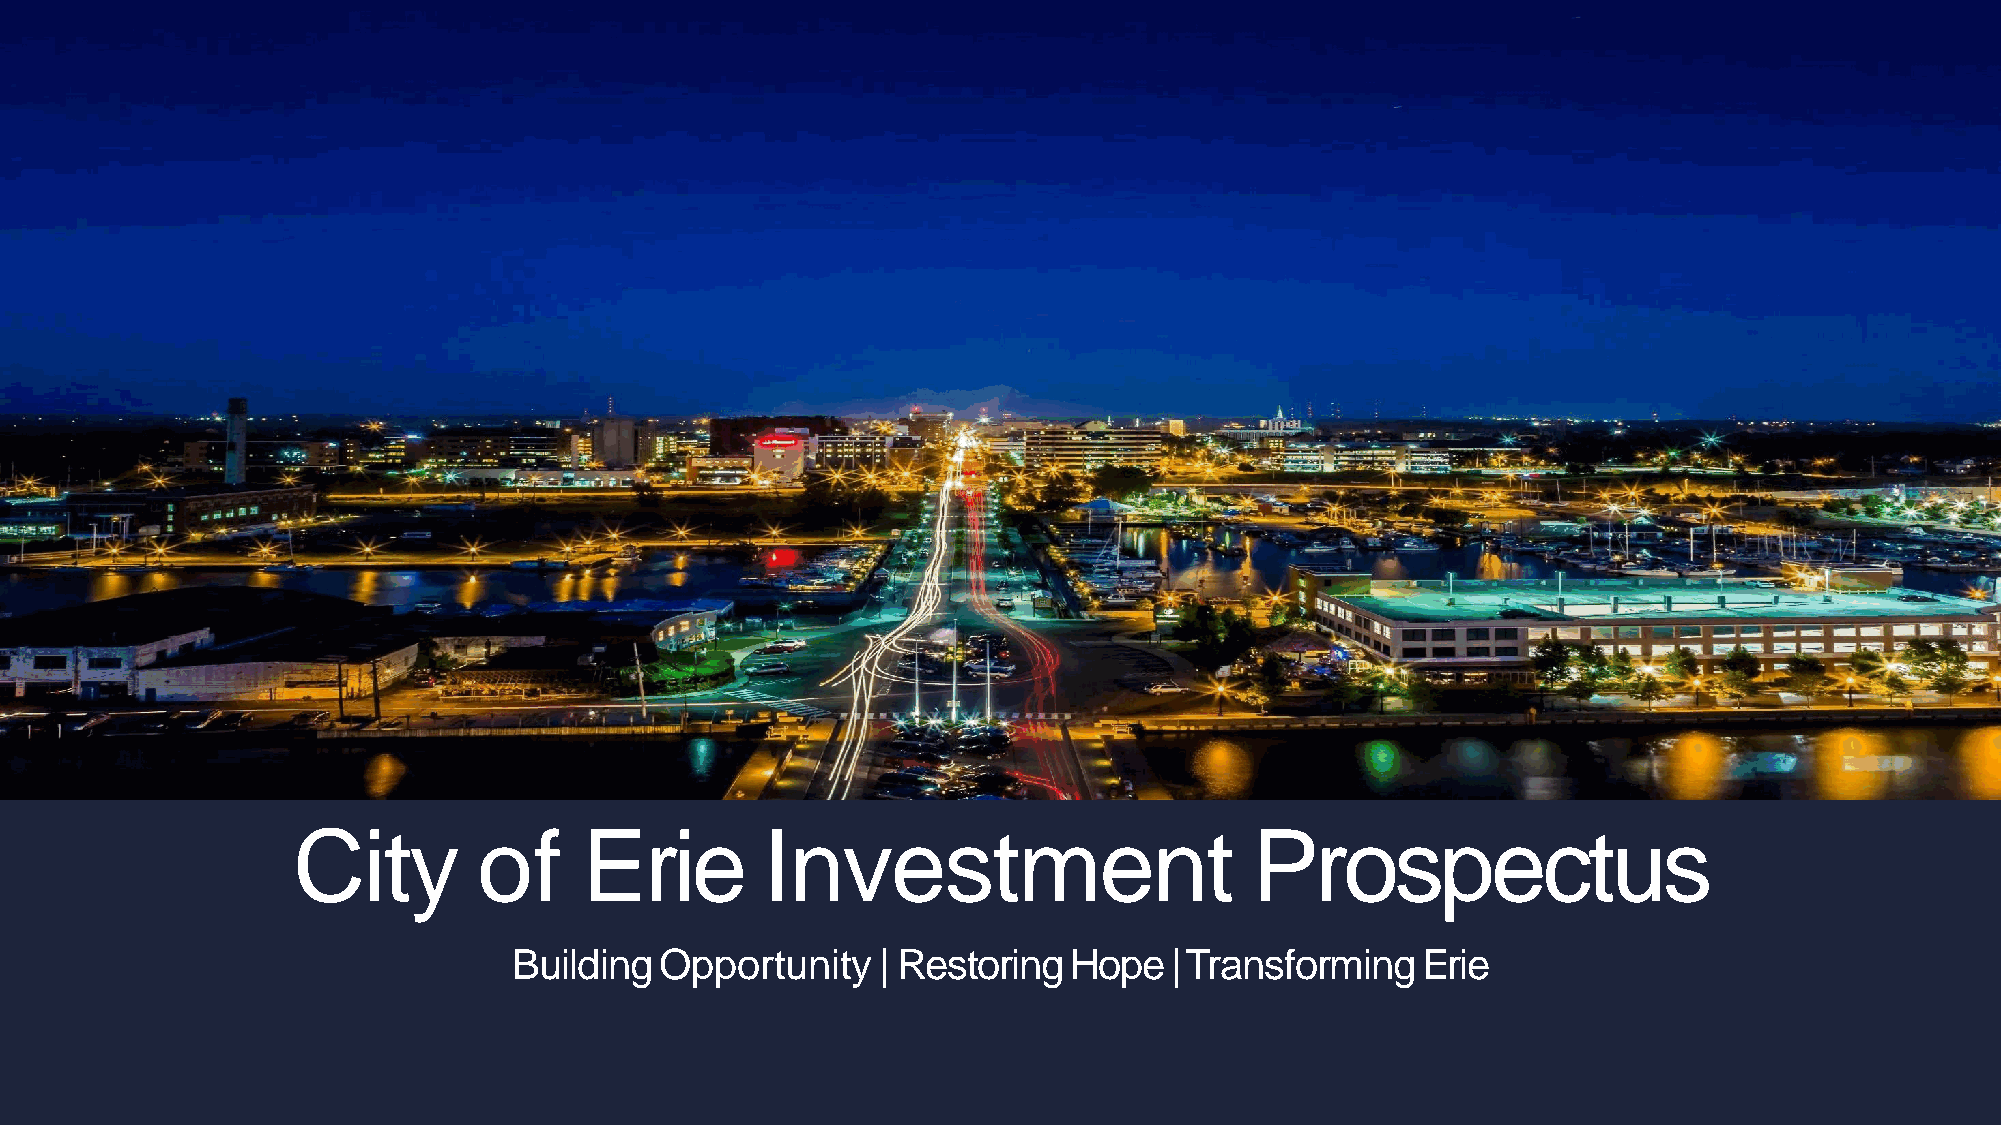
City         of     Erie        Investment                      Prospectus
 BuildingOpportunity     | Restoring  Hope|TransformingErie